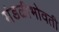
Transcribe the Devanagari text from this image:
मंडळीभोवती